Medical and sanitary report of the native army of Bengal for the year
Year: 1878
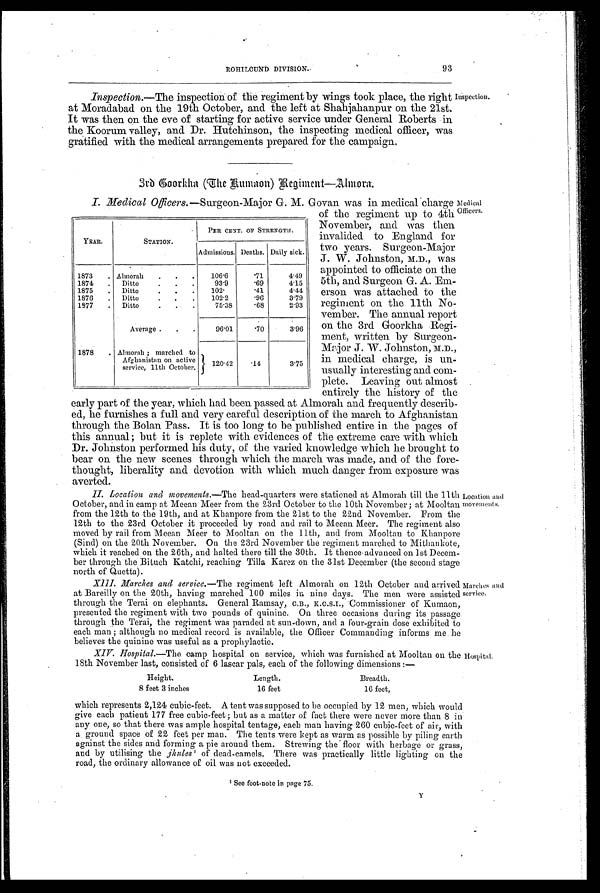
Inspection.
Medical
Officers.
93
Inspection.—The inspection of the regiment by wings took place, the right
at Moradabad on the 19th October, and the left at Shahjahanpur on the 21st.
It was then on the eve of starting for active service under General Roberts in
the Koorum valley, and Dr. Hutchinson, the inspecting medical officer, was
gratified with the medical arrangements prepared for the campaign.
3rd Goorkha (The Rumaon)—Regiment—Almora.
I. Medical Officers. —Surgeon-Major G. M. Govan was in medical charge
of the regiment up to 4th
November, and was then
invalided to England for
two years. Surgeon-Major
J. W. Johnston, M.D., was
appointed to officiate on the
5th, and Surgeon G. A. Em-
erson was attached to the
regiment on the 11th No-
vember. The annual report
on the 3rd Goorkha Regi-
ment, written by
Surgeon Maj or J. W. Johnston, M.D.,
in medical charge, is un-
usually interesting and com-
plete. Leaving out almost
entirely the history of the
early part of the year, which had been passed at Almorah and frequently describ-
ed, he furnishes a full and very careful description of the march to Afghanistan
through the Bolan Pass. It is too long to be published entire in the pages of
this annual ; but it is replete with evidences of the extreme care with which
Dr. Johnston performed his duty, of the varied knowledge which he brought to
bear on the new scenes through which the march was made, and of the fore-
thought, liberality and devotion with which much danger from exposure was
averted.
II. Location and movements. —The head-quarters were stationed at Almorah till the 11th
October, and in camp at Meean Meer from the 23rd October to the 10th November ; at Mooltan
from the 12th to the 19th, and at Khanpore from the 21st to the 22nd November. From the
12th to the 23rd October it proceeded by road and rail to Meean Meer. The regiment also
moved by rail from Meean Meer to Mooltan on the 11th, and from Mooltan to Khanpore
(Sind) on the 20th November. On the 23rd November the regiment marched to Mithankote,
which it reached on the 26th, and halted there till the 30th. It thence.advanced on 1st Decem-
ber through the Bituch Katchi, reaching Tilla Karez on the 31st December (the second stage
north of Quetta).
XIII. Marches and service.—The regiment left Almorah on 12th October and arrived
at Bareilly on the 20th, having marched 100 miles in nine days. The men were assisted
through the Terai on elephants. General Ramsay, C.B., K.C.S.I., Commissioner of Kumaon;
presented the regiment with two pounds of quinine. On three occasions during its passage
through the Terai, the regiment was paraded at sun-down, and a four-grain dose exhibited to
each man ; although no medical record is available, the Officer Commanding informs me. he
believes the quinine was useful as a prophylactic.
XIV. Hospital.—The camp hospital on service, which was furnished at Mooltan on the
18th November last, consisted of 6 lascar pals, each Of the following dimensions
Height.
Length.
Breadth.
8 feet 3 inches
16 feet
16 feet,
YEAR.
STATION.
PER CENT. OF STRENGTH.
Admissions. Deaths. Daily sick.
1873 . Almorah . . .
106.6
.71
4.49
1874 . Ditto
. . .
93.9
.69
4.15
1875
Ditto
. . .
102.
.41
4.44
1876 . Ditto
. . .
102.2
.96
3.79
1877 . Ditto
.
75.38
.68
2.93
Average . . .
96.01
.
70
3.96
1878 . Almorah ; marched to
Afghanistan on active
service, 11th October.
120.42 .14
3.75
Location and
movements.
Marches and
service.
HospitaJ.
which represents 2,124 cubic-feet. A tent was supposed to be occupied by 12 men, which would
give each patient 177 free cubic-feet ; but as a matter of fact there were never more than 8 in
any one, so that there was ample hospital tentage, each man having 260 cubic-feet of air, with
a ground space of 22 feet per man. The tents were kept as warm as possible by piling earth
against the sides and forming a pie around them. Strewing the floor with herbage or grass,
and by utilising the jhules1 of dead-camels. There was practically little lighting on the
road, the ordinary allowance of oil was not exceeded.
1
S e e f o o t - n o t e i n p a g e 7 5 .
Y